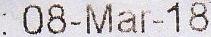
: 08-MAR-18